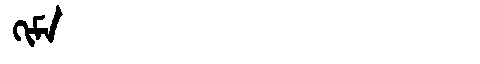
Manchu: ᡴᡳᠮᠠ
Romanization: KIMA